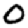
Digit: 0